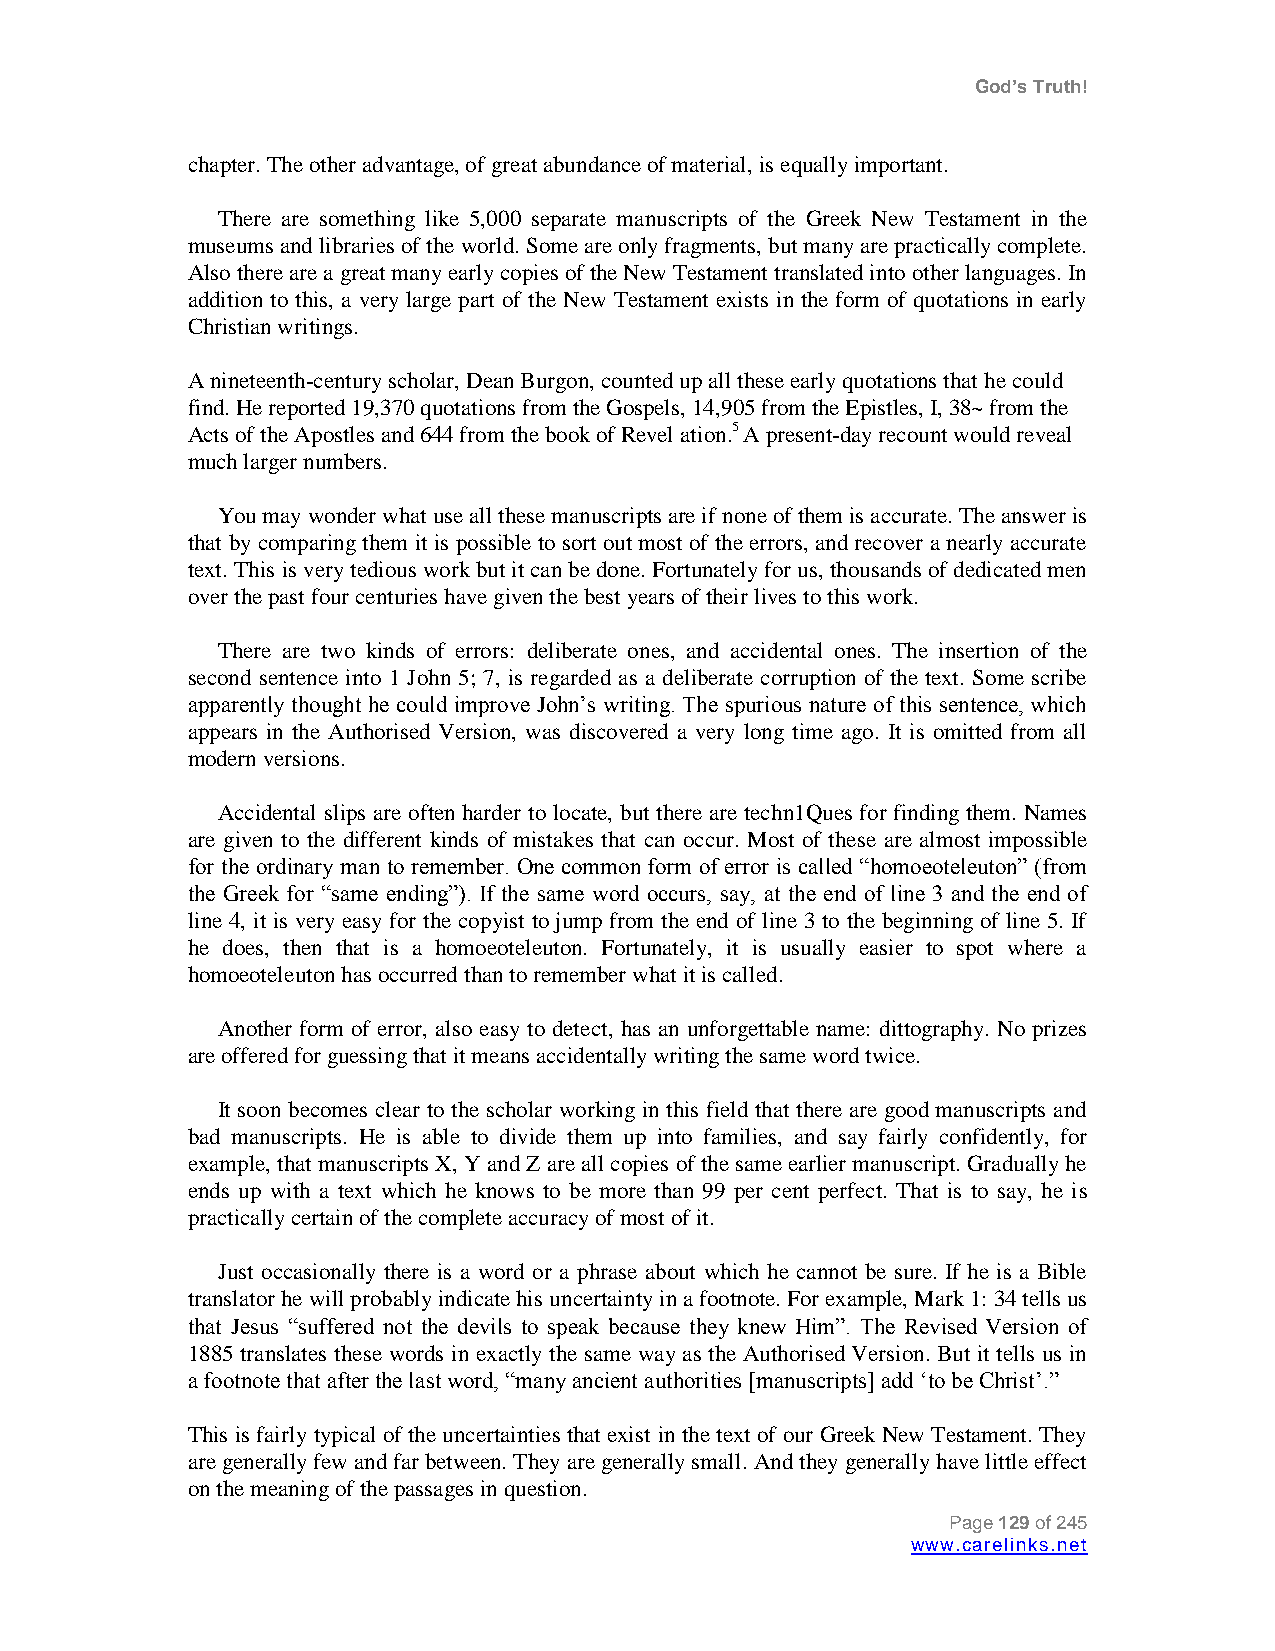
God’s Truth!
 chapter. The other advantage, of great abundance of material, is equally important.
 There are something like 5,000 separate manuscripts of the Greek New Testament in the
 museums and libraries of the world. Some are only fragments, but many are practically complete.
 Also there are a great many early copies of the New Testament translated into other languages. In
 addition to this, a very large part of the New Testament exists in the form of quotations in early
 Christian writings.
 A nineteenth-century scholar, Dean Burgon, counted up all these early quotations that he could
 find. He reported 19,370 quotations from the Gospels, 14,905 from the Epistles, I, 38~ from the
 Acts of the Apostles and 644 from the book of Revel ation.5 A present-day recount would reveal
 much larger numbers.
 You may wonder what use all these manuscripts are if none of them is accurate. The answer is
 that by comparing them it is possible to sort out most of the errors, and recover a nearly accurate
 text. This is very tedious work but it can be done. Fortunately for us, thousands of dedicated men
 over the past four centuries have given the best years of their lives to this work.
 There are two kinds of errors: deliberate ones, and accidental ones. The insertion of the
 second sentence into 1 John 5; 7, is regarded as a deliberate corruption of the text. Some scribe
 apparently thought he could improve John‟s writing. The spurious nature of this sentence, which
 appears in the Authorised Version, was discovered a very long time ago. It is omitted from all
 modern versions.
 Accidental slips are often harder to locate, but there are techn1Ques for finding them. Names
 are given to the different kinds of mistakes that can occur. Most of these are almost impossible
 for the ordinary man to remember. One common form of error is called “homoeoteleuton” (from
 the Greek for “same ending”). If the same word occurs, say, at the end of line 3 and the end of
 line 4, it is very easy for the copyist to jump from the end of line 3 to the beginning of line 5. If
 he does, then that is a homoeoteleuton. Fortunately, it is usually easier to spot where a
 homoeoteleuton has occurred than to remember what it is called.
 Another form of error, also easy to detect, has an unforgettable name: dittography. No prizes
 are offered for guessing that it means accidentally writing the same word twice.
 It soon becomes clear to the scholar working in this field that there are good manuscripts and
 bad manuscripts. He is able to divide them up into families, and say fairly confidently, for
 example, that manuscripts X, Y and Z are all copies of the same earlier manuscript. Gradually he
 ends up with a text which he knows to be more than 99 per cent perfect. That is to say, he is
 practically certain of the complete accuracy of most of it.
 Just occasionally there is a word or a phrase about which he cannot be sure. If he is a Bible
 translator he will probably indicate his uncertainty in a footnote. For example, Mark 1: 34 tells us
 that Jesus “suffered not the devils to speak because they knew Him”. The Revised Version of
 1885 translates these words in exactly the same way as the Authorised Version. But it tells us in
 a footnote that after the last word, “many ancient authorities [manuscripts] add „to be Christ‟.”
 This is fairly typical of the uncertainties that exist in the text of our Greek New Testament. They
 are generally few and far between. They are generally small. And they generally have little effect
 on the meaning of the passages in question.
 Page 129 of 245
 www.carelinks.net